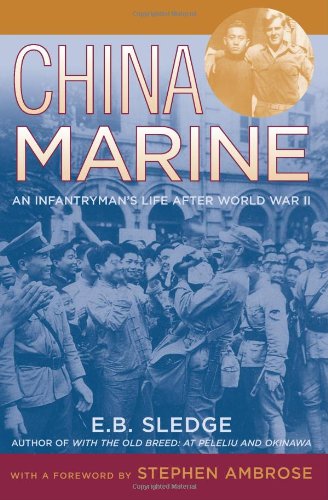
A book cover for China Marine: An Infantryman's Life after World War II; E. B. Sledge; Biographies & Memoirs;